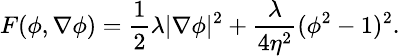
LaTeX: \small F(\phi,\nabla\phi)=\frac{1}{2}\lambda|\nabla\phi|^{2}+\frac{\lambda}{4\eta^{2}}(\phi^{2}-1)^{2}.